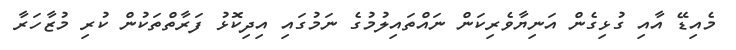
މެއިޑޭ އާއި ގުޅިގެން އަނިޔާވެރިކަން ނައްތައިލުމުގެ ނަމުގައި އިދިކޮޅު ފަރާތްތަކުން ކުރި މުޒާހަރާ